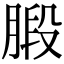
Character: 腶